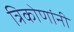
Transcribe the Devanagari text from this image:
त्रिकोणांनी